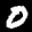
Label: 0